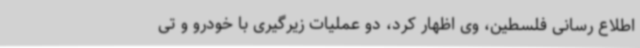
اطلاع رسانی فلسطین، وی اظهار کرد، دو عملیات زیرگیری با خودرو و تی